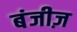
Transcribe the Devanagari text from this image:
बंजीज़